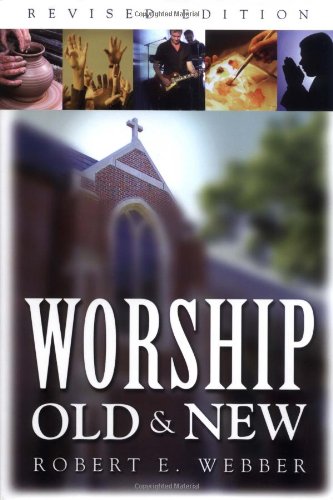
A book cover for Worship Old and New; Robert  E. Webber; Christian Books & Bibles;